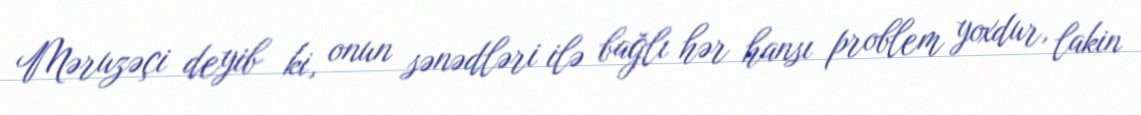
Məruzəçi deyib ki, onun sənədləri ilə bağlı hər hansı problem yoxdur, lakin